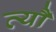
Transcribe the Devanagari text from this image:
त्यौं